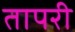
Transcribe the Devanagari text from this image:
तापरी